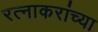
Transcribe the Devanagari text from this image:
रत्नाकरांच्या